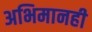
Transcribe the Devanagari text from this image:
अभिमानही